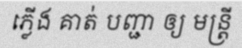
ភ្លើង គាត់ បញ្ជា ឲ្យ មន្ត្រី